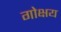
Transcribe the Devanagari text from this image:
गोक्षय